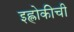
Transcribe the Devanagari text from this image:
इह्लोकीची